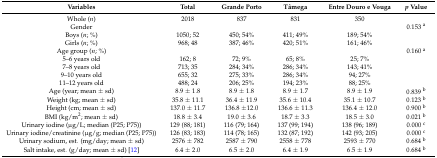
<table><thead><tr><td><b>Variables</b></td><td><b>Total</b></td><td><b>Grande Porto</b></td><td><b>Tâmega</b></td><td><b>Entre Douro e Vouga</b></td><td><b><i>p</i> Value</b></td></tr></thead><tbody><tr><td>Whole (<i>n</i>)</td><td>2018</td><td>837</td><td>831</td><td>350</td><td></td></tr><tr><td>Gender</td><td></td><td></td><td></td><td></td><td>0.153 <sup>a</sup></td></tr><tr><td>Boys (<i>n</i>; %)</td><td>1050; 52</td><td>450; 54%</td><td>411; 49%</td><td>189; 54%</td><td></td></tr><tr><td>Girls (<i>n</i>; %)</td><td>968; 48</td><td>387; 46%</td><td>420; 51%</td><td>161; 46%</td><td></td></tr><tr><td>Age group (<i>n</i>; %)</td><td></td><td></td><td></td><td></td><td>0.160 <sup>a</sup></td></tr><tr><td>5–6 years old</td><td>162; 8</td><td>72; 9%</td><td>65; 8%</td><td>25; 7%</td><td></td></tr><tr><td>7–8 years old</td><td>713; 35</td><td>284; 34%</td><td>286; 34%</td><td>143; 41%</td><td></td></tr><tr><td>9–10 years old</td><td>655; 32</td><td>275; 33%</td><td>286; 34%</td><td>94; 27%</td><td></td></tr><tr><td>11–12 years old</td><td>488; 24</td><td>206; 25%</td><td>194; 23%</td><td>88; 25%</td><td></td></tr><tr><td>Age (year; mean ± sd)</td><td>8.9 ± 1.8</td><td>8.9 ± 1.8</td><td>8.9 ± 1.7</td><td>8.9 ± 1.9</td><td>0.839 <sup>b</sup></td></tr><tr><td>Weight (kg; mean ± sd)</td><td>35.8 ± 11.1</td><td>36.4 ± 11.9</td><td>35.6 ± 10.4</td><td>35.1 ± 10.7</td><td>0.123 <sup>b</sup></td></tr><tr><td>Height (cm; mean ± sd)</td><td>137.0 ± 11.7</td><td>136.8 ±12.0</td><td>136.6 ± 11.3</td><td>136.4 ± 12.0</td><td>0.900 <sup>b</sup></td></tr><tr><td>BMI (kg/m<sup>2</sup>; mean ± sd)</td><td>18.8 ± 3.4</td><td>19.0 ± 3.6</td><td>18.7 ± 3.3</td><td>18.5 ± 3.0</td><td>0.021 <sup>b</sup></td></tr><tr><td>Urinary iodine (μg/L; median (P25; P75))</td><td>129 (88; 181)</td><td>116 (79; 164)</td><td>137 (99; 194)</td><td>138 (96; 189)</td><td>0.000 <sup>c</sup></td></tr><tr><td>Urinary iodine/creatinine (μg/g; median (P25; P75))</td><td>126 (83; 183)</td><td>114 (78; 165)</td><td>132 (87; 192)</td><td>142 (93; 205)</td><td>0.000 <sup>c</sup></td></tr><tr><td>Urinary sodium, est. (mg/day; mean ± sd)</td><td>2576 ± 782</td><td>2587 ± 790</td><td>2558 ± 778</td><td>2593 ± 770</td><td>0.684 <sup>b</sup></td></tr><tr><td>Salt intake, est. (g/day; mean ± sd) [12]</td><td>6.4 ± 2.0</td><td>6.5 ± 2.0</td><td>6.4 ± 1.9</td><td>6.5 ± 1.9</td><td>0.684 <sup>b</sup></td></tr></tbody></table>